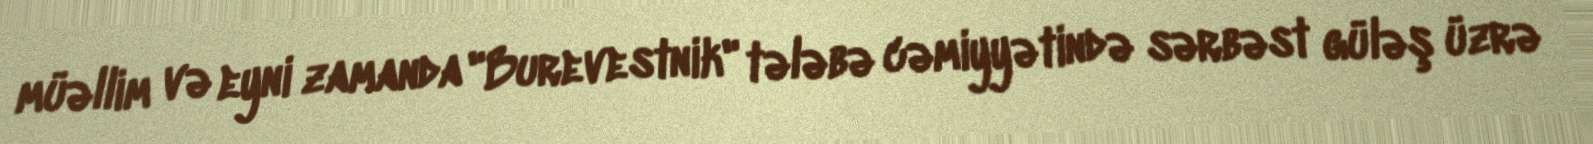
müəllim və eyni zamanda "Burevestnik" tələbə cəmiyyətində sərbəst güləş üzrə